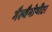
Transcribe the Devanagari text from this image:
गैल्वैनोमीटर